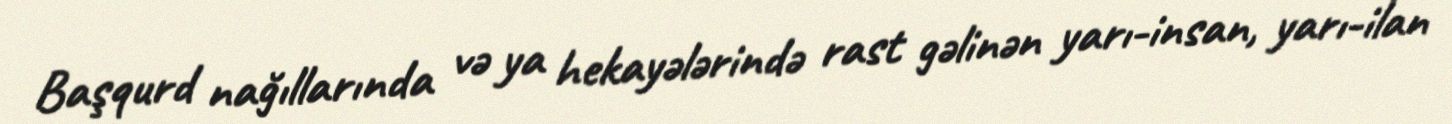
Başqurd nağıllarında və ya hekayələrində rast gəlinən yarı-insan, yarı-ilan